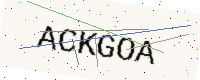
Text: ACKGOA